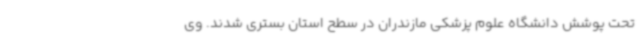
تحت پوشش دانشگاه علوم پزشکی مازندران در سطح استان بستری شدند. وی